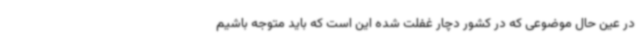
در عین حال موضوعی که در کشور دچار غفلت شده این است که باید متوجه باشیم